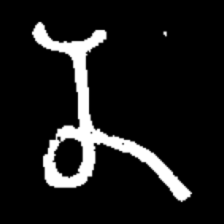
Pyu character \u2014 Myanmar letter: န (romanized: na)